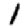
Digit: 1